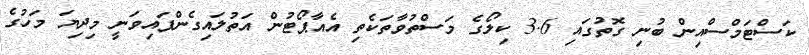
ކަސްޓަމްސްއިން ބުނި ގޮތުގައި 3.6 ކިލޯގެ މަސްތުވާތަކެތި އެއާޕޯޓުން އަތުލައިގެންފައިވަނީ މިދިޔަ މަހުގެ